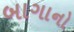
બાગાનો